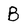
Character: B